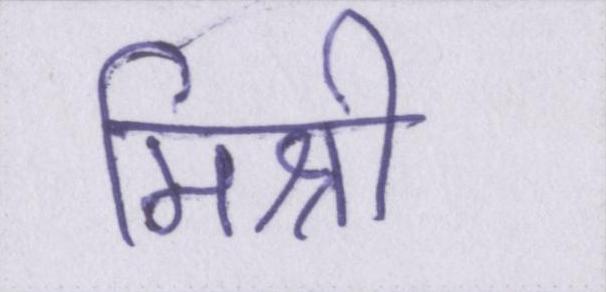
मिश्री